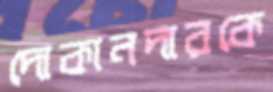
দোকানদারকে